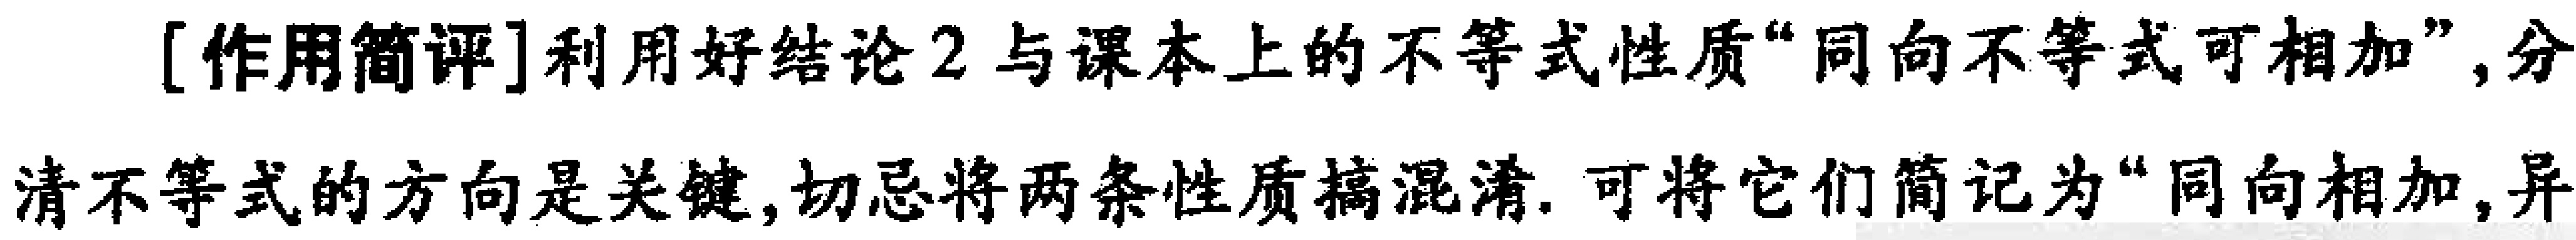
[作用简评]利用好结论2与课本上的不等式性质“同向不等式可相加”,分清不等式的方向是关键,切忌将两条性质搞混淆. 可将它们简记为“同向相加,异